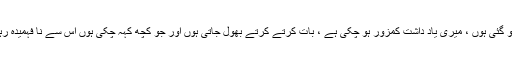
بوڑھی ہو گئی ہوں ، میری یاد داشت کمزور ہو چکی ہے ، بات کرتے کرتے بھول جاتی ہوں اور جو کچھ کہہ چکی ہوں اس سے نا فہمیدہ رہتی ہوں ۔